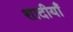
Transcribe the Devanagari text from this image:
शादीयाँ